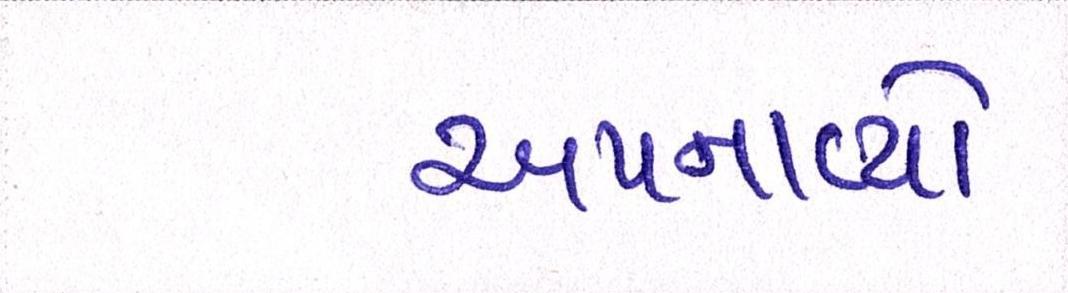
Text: અપનાવ્યો